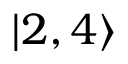
| 2 , 4 \rangle